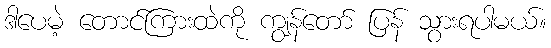
ဒါပေမဲ့ တောင်ကြားထဲကို ကျွန်တော် ပြန် သွားရပါမယ်။